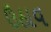
ઉઠાવ